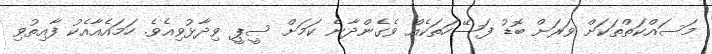
މަސައްކަތްތަކަށް ވަރަށް ބޮޑު ފަސޭހަތަކެއް ވެގެންދާނެ ކަމަށް ސީޕީ ވިދާޅުވިއެވެ. ހަމައެއާއެކު ފާއިތުވި